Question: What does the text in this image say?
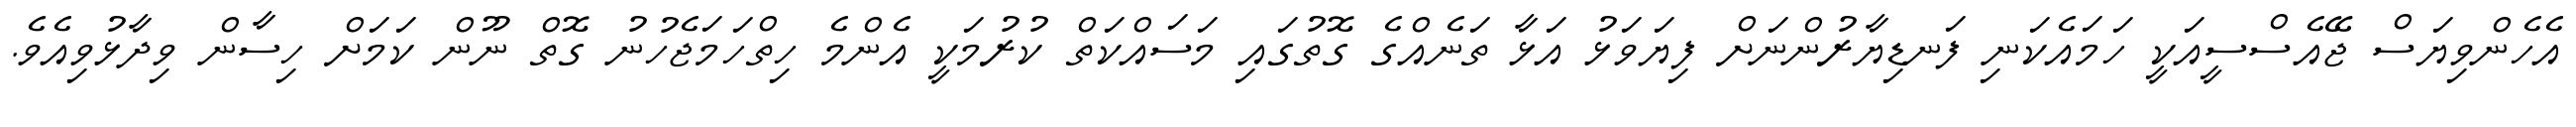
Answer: އެހެންވިޔަސް ޖޭއެސްސީއަކީ ހަމައެކަނި ފަނޑިޔާރުންނަށް ފިޔަވަޅު އަޅާ ތަނެއްގެ ގޮތުގައި މަސައްކަތް ކުރުމަކީ އެންމެ ހިތްހަމަޖެހުނު ގޮތް ނޫން ކަމަށް ހިސާން ވިދާޅުވިއެވެ.